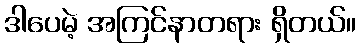
ဒါပေမဲ့ အကြင်နာတရား ရှိတယ်။